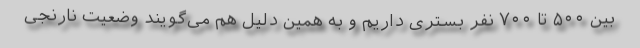
بین ۵۰۰ تا ۷۰۰ نفر بستری داریم و به همین دلیل هم می‌گویند وضعیت نارنجی